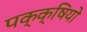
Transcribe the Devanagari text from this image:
पक्क्षियो